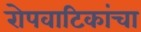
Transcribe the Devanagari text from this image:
रोपवाटिकांचा